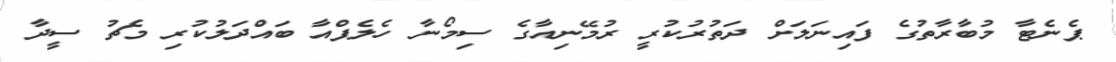
ޕެނެޓާ މުބާރާތުގެ ފައިނަލަށް ދަތުރުކުރީ ރުމޭނިއާގެ ސިމޯނާ ހެލެޕްއާ ބައްދަލުކުރި މެޗު ސީދާ